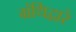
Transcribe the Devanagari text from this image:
ग्रंथिद्वारे